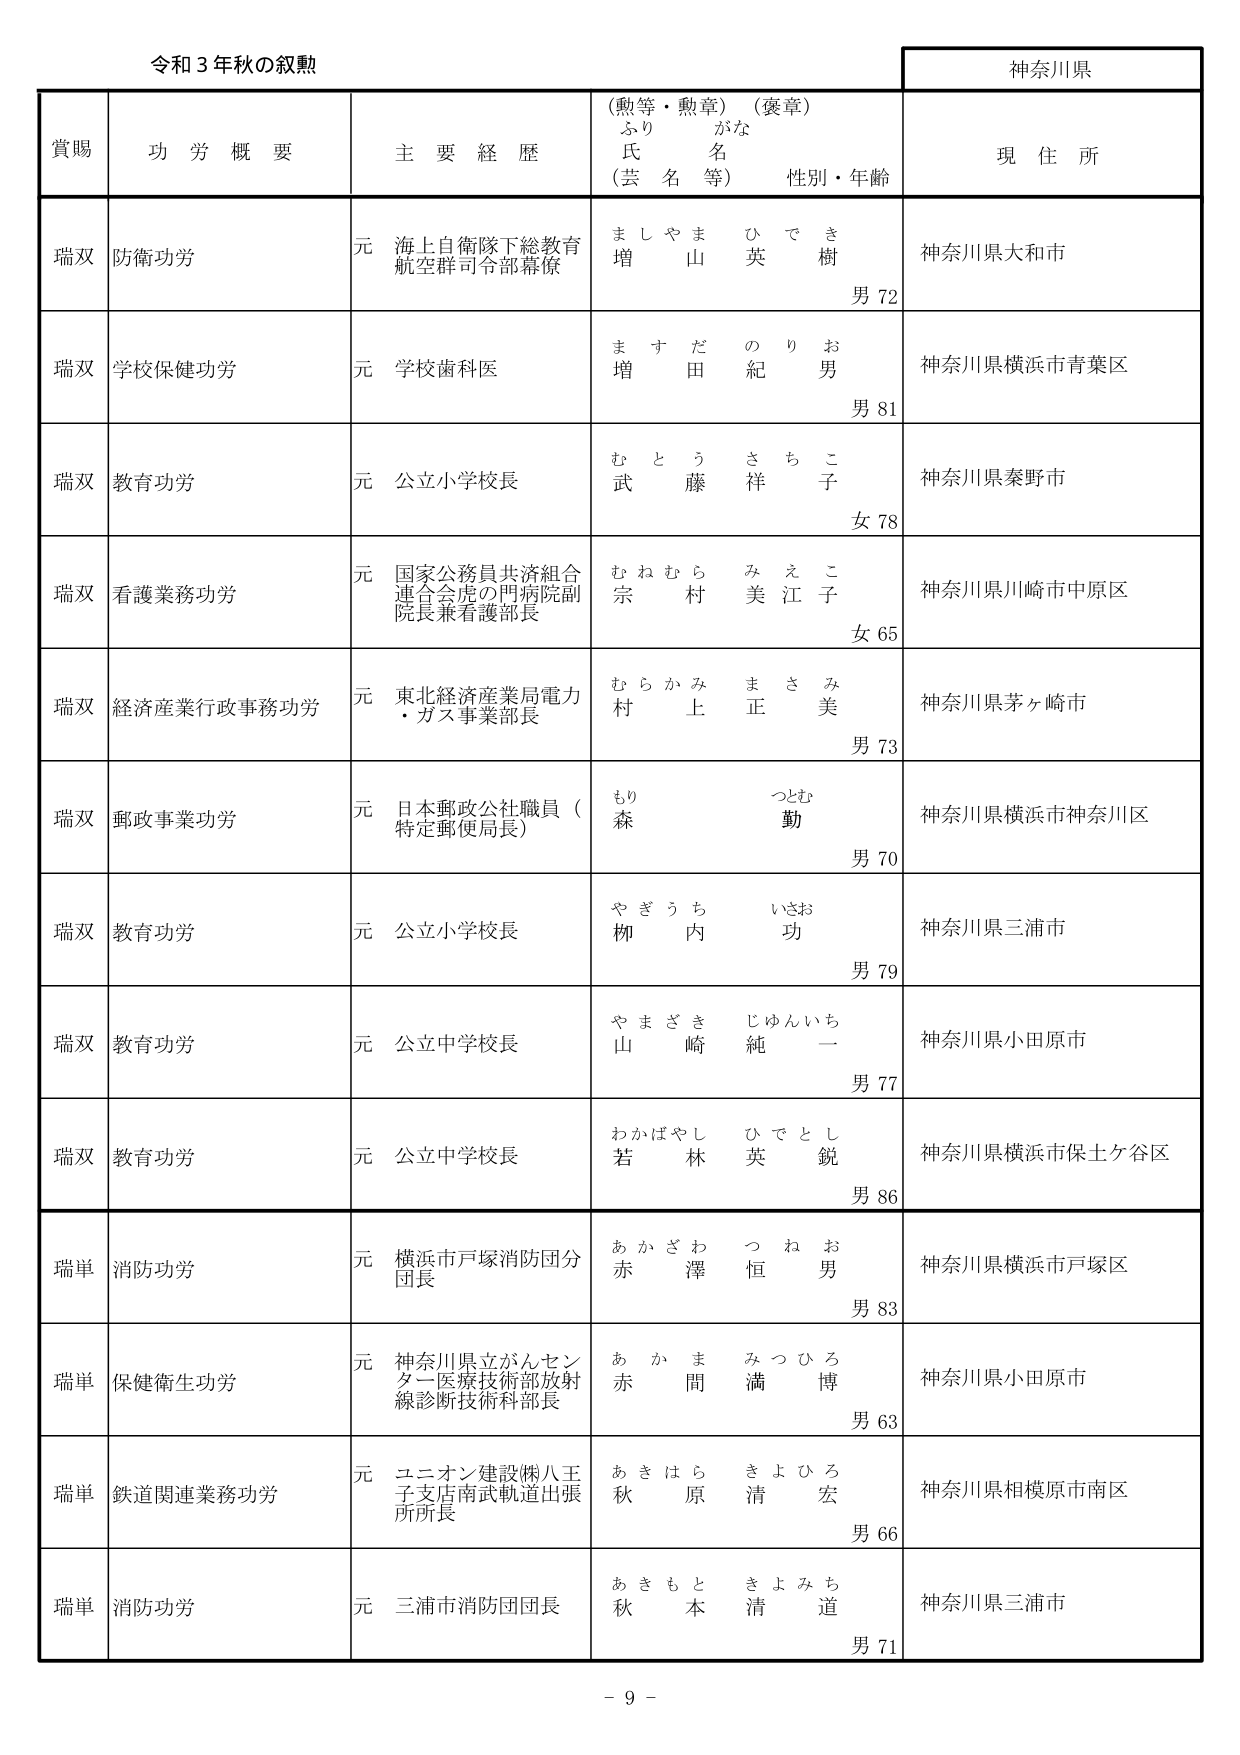
令和３年秋の叙勲

神奈川県

賞賜　　功労概要　　主要経歴　　（勲等・勲章）（褒章）　　現住所
　　　　　　　　　　　ふりがな
　　　　　　　　　　　氏名
　　　　　　　　　　　（芸名等）　　性別・年齢

瑞双　防衛功労　　元 海上自衛隊下総教育
　　　　　　　　　　航空群司令部幕僚　　ましやま　ひでき
　　　　　　　　　　　　　　　　　　　　増　山　英　樹
　　　　　　　　　　　　　　　　　　　　男 72
　　　　　　　　　　　　　　　　　　　　神奈川県大和市

瑞双　学校保健功労　元 学校歯科医　　ますだ　のりお
　　　　　　　　　　　　　　　　　　　　増　田　紀　男
　　　　　　　　　　　　　　　　　　　　男 81
　　　　　　　　　　　　　　　　　　　　神奈川県横浜市青葉区

瑞双　教育功労　　元 公立小学校長　　むとう　さちこ
　　　　　　　　　　　　　　　　　　　　武　藤　祥　子
　　　　　　　　　　　　　　　　　　　　女 78
　　　　　　　　　　　　　　　　　　　　神奈川県秦野市

瑞双　看護業務功労　元 国家公務員共済組合
　　　　　　　　　　連合会虎の門病院副
　　　　　　　　　　院長兼看護部長　　むねむら　みえこ
　　　　　　　　　　　　　　　　　　　　宗　村　美　江　子
　　　　　　　　　　　　　　　　　　　　女 65
　　　　　　　　　　　　　　　　　　　　神奈川県川崎市中原区

瑞双　経済産業行政事務功労　元 東北経済産業局電力
　　　　　　　　　　　　　　　　・ガス事業部長　　むらかみ　まさみ
　　　　　　　　　　　　　　　　　　　　　　　　　　村　上　正　美
　　　　　　　　　　　　　　　　　　　　　　　　　　男 73
　　　　　　　　　　　　　　　　　　　　　　　　　　神奈川県茅ヶ崎市

瑞双　郵政事業功労　元 日本郵政公社職員（
　　　　　　　　　　特定郵便局長）　　もり　つとむ
　　　　　　　　　　　　　　　　　　　　森　　勤
　　　　　　　　　　　　　　　　　　　　男 70
　　　　　　　　　　　　　　　　　　　　神奈川県横浜市神奈川区

瑞双　教育功労　　元 公立小学校長　　やぎうち　いさお
　　　　　　　　　　　　　　　　　　　　柳　内　功
　　　　　　　　　　　　　　　　　　　　男 79
　　　　　　　　　　　　　　　　　　　　神奈川県三浦市

瑞双　教育功労　　元 公立中学校長　　やまざき　じゅんいち
　　　　　　　　　　　　　　　　　　　　山　崎　純　一
　　　　　　　　　　　　　　　　　　　　男 77
　　　　　　　　　　　　　　　　　　　　神奈川県小田原市

瑞双　教育功労　　元 公立中学校長　　わかばやし　ひでとし
　　　　　　　　　　　　　　　　　　　　若　林　英　鋭
　　　　　　　　　　　　　　　　　　　　男 86
　　　　　　　　　　　　　　　　　　　　神奈川県横浜市保土ケ谷区

瑞単　消防功労　　元 横浜市戸塚消防団分
　　　　　　　　　　団長　　あかざわ　つねお
　　　　　　　　　　　　　　　　　　　　赤　澤　恒　男
　　　　　　　　　　　　　　　　　　　　男 83
　　　　　　　　　　　　　　　　　　　　神奈川県横浜市戸塚区

瑞単　保健衛生功労　元 神奈川県立がんセン
　　　　　　　　　　ター医療技術部放射
　　　　　　　　　　線診断技術科部長　　あかま　みつひろ
　　　　　　　　　　　　　　　　　　　　赤　間　満　博
　　　　　　　　　　　　　　　　　　　　男 63
　　　　　　　　　　　　　　　　　　　　神奈川県小田原市

瑞単　鉄道関連業務功労　元 ユニオン建設㈱八王
　　　　　　　　　　　　子支店南武軌道出張
　　　　　　　　　　　　所所長　　あきはら　きよひろ
　　　　　　　　　　　　　　　　　　　　秋　原　清　宏
　　　　　　　　　　　　　　　　　　　　男 66
　　　　　　　　　　　　　　　　　　　　神奈川県相模原市南区

瑞単　消防功労　　元 三浦市消防団団長　　あきもと　きよみち
　　　　　　　　　　　　　　　　　　　　秋　本　清　道
　　　　　　　　　　　　　　　　　　　　男 71
　　　　　　　　　　　　　　　　　　　　神奈川県三浦市

－ 9 －